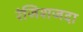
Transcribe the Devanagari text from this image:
रंजिशजदा